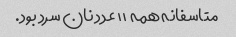
متاسفانه همه ۱۱ عدد نان سرد بود.